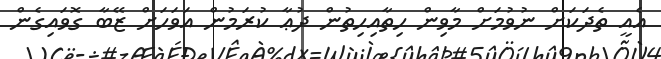
އެއީ ތެދަކަށް ނުވުމަށް މާވިން ހިތާއިހިތުން ދުޢާ ކުރަމުން އަވަހަށް ޒޭބާ ގޮވައިގެން